Civil Veterinary Dept. Bombay admin report 1923-31 - 1923-1931
Year: 1923
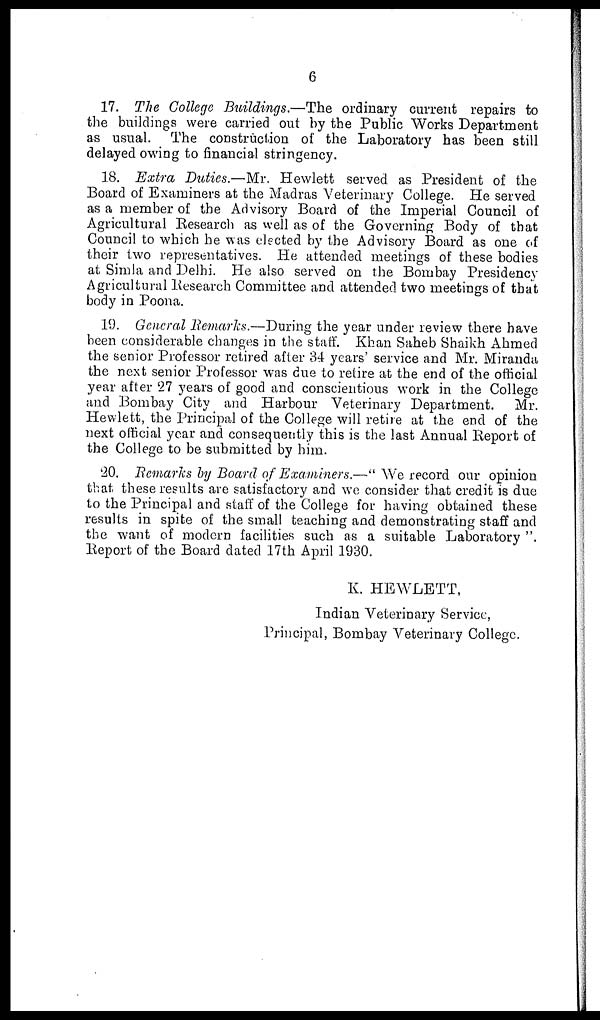
6
17. The College Buildings.—The ordinary current repairs to
the buildings were carried out by the Public Works Department
as usual. The construction of the Laboratory has been still
delayed owing to financial stringency.
18. Extra Duties.—Mr. Hewlett served as President of the
Board of Examiners at the Madras Veterinary College. He served
as a member of the Advisory Board of the Imperial Council of
Agricultural Research as well as of the Governing Body of that
Council to which he was elected by the Advisory Board as one of
their two representatives. He attended meetings of these bodies
at Simla and Delhi. He also served on the Bombay Presidency
Agricultural Research Committee and attended two meetings of that
body in Poona.
19. General Remarks.—During the year under review there have
been considerable changes in the staff. Khan Saheb Shaikh Ahmed
the senior Professor retired after 34 years' service and Mr. Miranda
the next senior Professor was due to retire at the end of the official
year after 27 years of good and conscientious work in the College
and Bombay City and Harbour Veterinary Department. Mr.
Hewlett, the Principal of the College will retire at the end of the
next official year and consequently this is the last Annual Report of
the College to be submitted by him.
20. Remarks by Board of Examiners.—" We record our opinion
that these results are satisfactory and we consider that credit is due
to the Principal and staff of the College for having obtained these
results in spite of the small teaching and demonstrating staff and
the want of modern facilities such as a suitable Laboratory"
Report of the Board dated 17th April 1930.
K. HEWLETT,
Indian Veterinary Service,
Principal, Bombay Veterinary College.